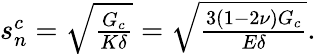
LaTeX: \begin{array}{r}{s_{n}^{c}=\sqrt{\frac{G_{c}}{K\delta}}=\sqrt{\frac{3(1-2\nu)G_{c}}{E\delta}}.}\end{array}